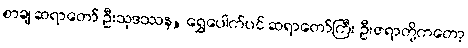
စာချ ဆရာတော် ဦးသုဒဿန, ရွှေပေါက်ပင် ဆရာတော်ကြီး ဦးဇရာတို့ကတော့